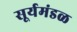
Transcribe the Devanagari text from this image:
सूर्यमंडळ